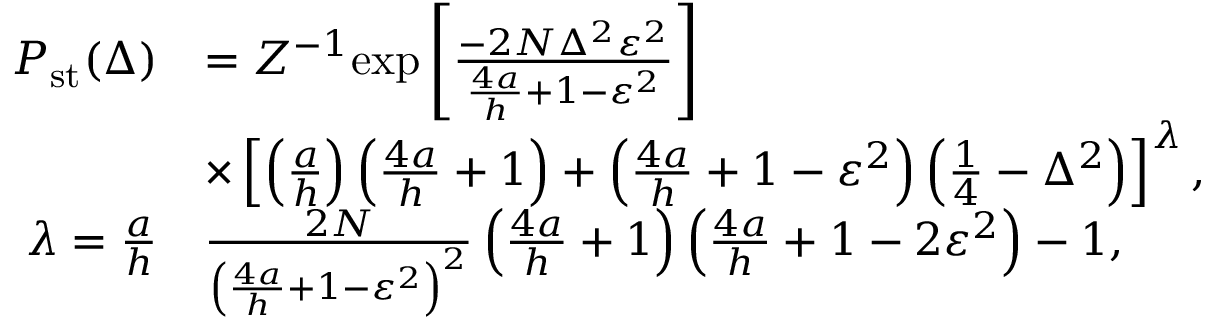
\begin{array} { r l } { P _ { \mathrm { s t } } ( \Delta ) } & { = Z ^ { - 1 } \mathrm { e x p } \left[ \frac { - 2 N \Delta ^ { 2 } \varepsilon ^ { 2 } } { \frac { 4 a } { h } + 1 - \varepsilon ^ { 2 } } \right] } \\ & { \times \left[ \left( \frac { a } { h } \right) \left( \frac { 4 a } { h } + 1 \right) + \left( \frac { 4 a } { h } + 1 - \varepsilon ^ { 2 } \right) \left( \frac { 1 } { 4 } - \Delta ^ { 2 } \right) \right] ^ { \lambda } , } \\ { \lambda = \frac { a } { h } } & { \frac { 2 N } { \left( \frac { 4 a } { h } + 1 - \varepsilon ^ { 2 } \right) ^ { 2 } } \left( \frac { 4 a } { h } + 1 \right) \left( \frac { 4 a } { h } + 1 - 2 \varepsilon ^ { 2 } \right) - 1 , } \end{array}